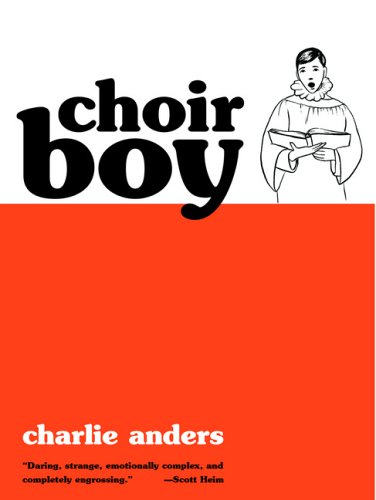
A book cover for Choir Boy; Charlie Anders        ; Teen & Young Adult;